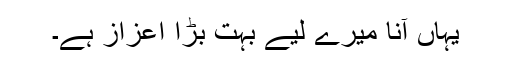
یہاں آنا میرے لیے بہت بڑا اعزاز ہے۔